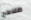
ملامح